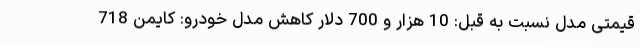
قیمتی مدل نسبت به قبل: 10 هزار و 700 دلار کاهش مدل خودرو: کایمن 718